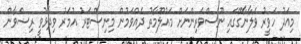
މިއަދު ހަވީރު ވެލާނާގޭގައި ނޫސްވެރިންނަށް މައުލޫމާތު ދެއްވަމުން މިނިސްޓަރު އުމަރު ވިދާޅުވީ ރިޟްވާން